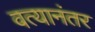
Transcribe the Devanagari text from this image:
वत्यानंतर